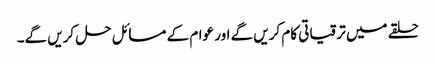
حلقے میں ترقیاتی کام کریں گے اور عوام کے مسائل حل کریں گے۔